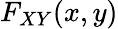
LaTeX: F_{XY}(x,y)